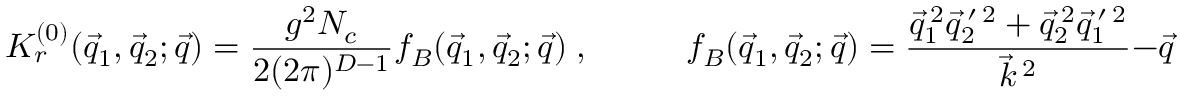
{ \cal K } _ { r } ^ { ( 0 ) } ( \vec { q } _ { 1 } , \vec { q } _ { 2 } ; \vec { q } ) = \frac { g ^ { 2 } N _ { c } } { 2 ( 2 \pi ) ^ { D - 1 } } \: f _ { B } ( \vec { q } _ { 1 } , \vec { q } _ { 2 } ; \vec { q } ) \; , \; \; \; \; \; \; \; \; \; \; f _ { B } ( \vec { q } _ { 1 } , \vec { q } _ { 2 } ; \vec { q } ) = \frac { \vec { q } _ { 1 } ^ { \: 2 } \vec { q } _ { 2 } ^ { \: \prime \: 2 } + \vec { q } _ { 2 } ^ { \: 2 } \vec { q } _ { 1 } ^ { \: \prime \: 2 } } { \vec { k } ^ { \: 2 } } - \vec { q } ^ { \: 2 } \; ,